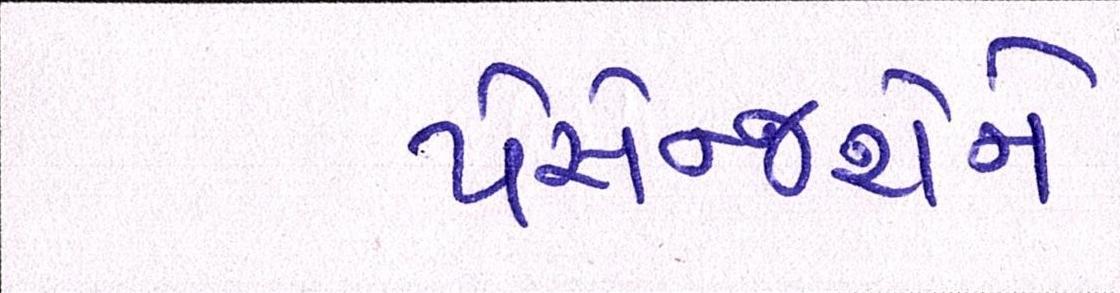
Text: પેસેન્જરોને